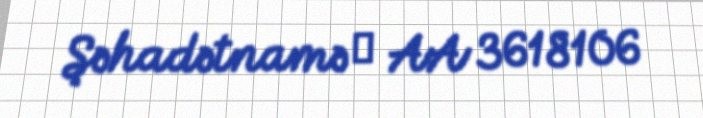
Şəhadətnamə № AA 3618106